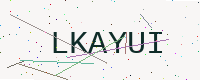
Text: LKAYUI